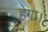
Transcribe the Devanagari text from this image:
हेगा।